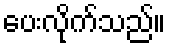
ပေးလိုက်သည်။